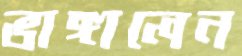
ভাঙ্গালেন